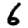
Digit: 6